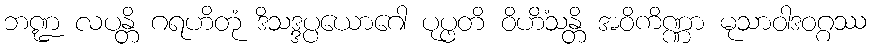
ဘဏ္ဍ လပန္တိ ဂရဟိတုံ ဒိသဒ္ဒပ္ပယောဂေါ ပုပ္ဖတိ ဝိဟိံသန္တိ အဝိကိဏ္ဏာ မုသာဝါဒဝဂ္ဂဿ